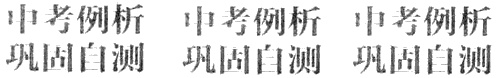
中考例析 巩固自测 中考例析 巩固自测 中考例析 巩固自测